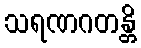
သရဏဂတန္တိ